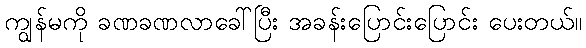
ကျွန်မကို ခဏခဏလာခေါ်ပြီး အခန်းပြောင်းပြောင်း ပေးတယ်။